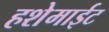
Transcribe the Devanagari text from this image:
हशेमाईट